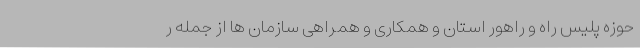
حوزه پلیس راه و راهور استان و همکاری و همراهی سازمان ها از جمله ر